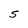
Character: S